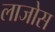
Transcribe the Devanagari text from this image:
लाजोस